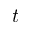
t